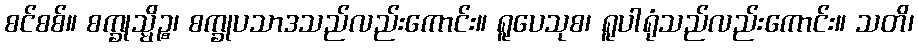
စင်စစ်။ စက္ခုသ္မိဉ္စ၊ စက္ခုပသာဒသည်လည်းကောင်း။ ရူပေသုစ၊ ရူပါရုံသည်လည်းကောင်း။ သတိ၊